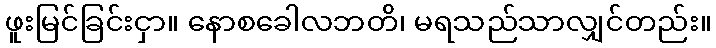
ဖူးမြင်ခြင်းငှာ။ နောစခေါလဘတိ၊ မရသည်သာလျှင်တည်း။